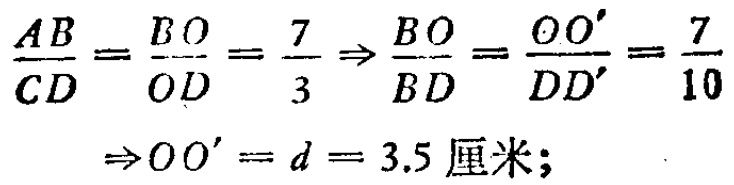
\[\frac{AB}{CD}=\frac{BO}{OD}=\frac{7}{3}\Rightarrow\frac{BO}{BD}=\frac{OO'}{DD'}=\frac{7}{10}\Rightarrow OO' = d = 3.5\text{ 厘米};\]